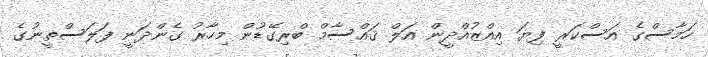
ހަމާސްގެ އަސްކަރީ ފިޔަ އިއްޒުއްދީން އަލް ޤައްސާމް ބްރިގޭޑުން މިހާރު ގެންދަނީ ފަލަސްތީނުގެ